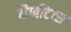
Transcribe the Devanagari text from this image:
नैप्पीटैब्स